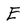
Character: E